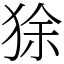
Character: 狳